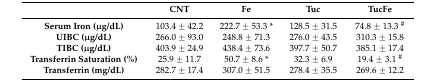
<table><thead><tr><td></td><td><b>CNT</b></td><td><b>Fe</b></td><td><b>Tuc</b></td><td><b>TucFe</b></td></tr></thead><tbody><tr><td><b>Serum Iron (μg/dL)</b></td><td>103.4 ± 42.2</td><td>222.7 ± 53.3 *</td><td>128.5 ± 31.5</td><td>74.8 ± 13.3 <sup>#</sup></td></tr><tr><td><b>UIBC (μg/dL)</b></td><td>266.0 ± 93.0</td><td>248.8 ± 71.3</td><td>276.0 ± 43.5</td><td>310.3 ± 15.8</td></tr><tr><td><b>TIBC (μg/dL)</b></td><td>403.9 ± 24.9</td><td>438.4 ± 73.6</td><td>397.7 ± 50.7</td><td>385.1 ± 17.4</td></tr><tr><td><b>Transferrin Saturation (%)</b></td><td>25.9 ± 11.7</td><td>50.7 ± 8.6 *</td><td>32.3 ± 6.9</td><td>19.4 ± 3.1 <sup>#</sup></td></tr><tr><td><b>Transferrin (mg/dL)</b></td><td>282.7 ± 17.4</td><td>307.0 ± 51.5</td><td>278.4 ± 35.5</td><td>269.6 ± 12.2</td></tr></tbody></table>